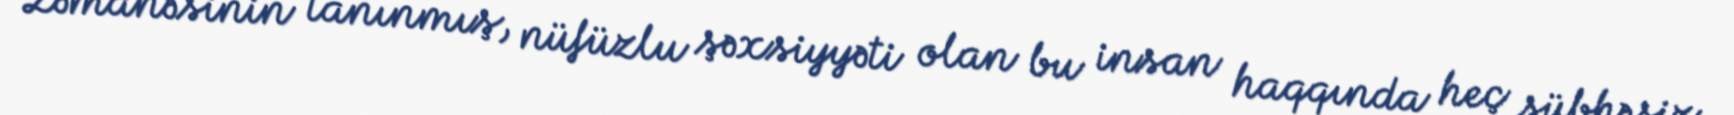
Zəmanəsinin tanınmış, nüfüzlu şəxsiyyəti olan bu insan haqqında heç şübhəsiz